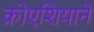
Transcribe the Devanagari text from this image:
क्रोएशियाने